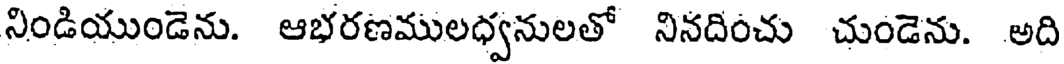
నిండియుండెను. ఆభరణములధ్వనులతో నినదించు చుండెను. అది